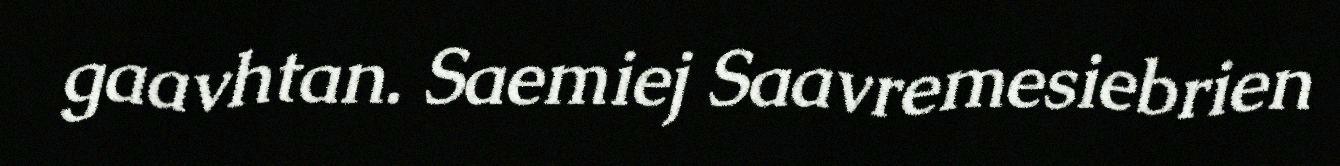
gaavhtan. Saemiej Saavremesiebrien